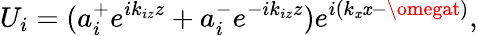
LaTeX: U_{i}=(a_{i}^{+}e^{ik_{iz}z}+a_{i}^{-}e^{-ik_{iz}z})e^{i(k_{\mathit{x}}\mathit{x}-\omegat)},